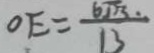
O E = \frac { 6 \sqrt { 3 } . } { 1 3 }